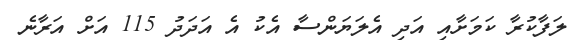
ލަފާކުރާ ކަމަށާއި އަދި އެލަޔަންސާ އެކު އެ އަދަދު 115 އަށް އަރާނެ